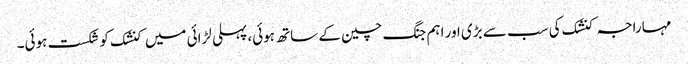
مہاراجہ کنشک کی سب سے بڑی اور اہم جنگ چین کے ساتھ ہوئی، پہلی لڑائی میں کنشک کو شکست ہوئی۔